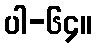
ပါ-၆၄။